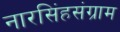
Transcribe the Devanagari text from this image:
नारसिंहसंग्राम